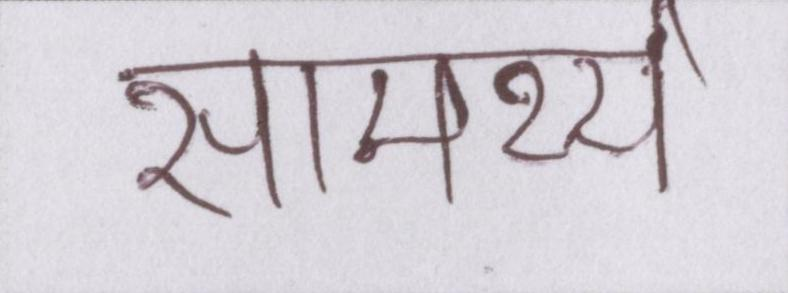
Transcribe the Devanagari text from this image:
सामर्थ्य